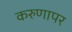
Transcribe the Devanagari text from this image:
करुणापर